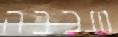
שכבה